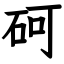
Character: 砢